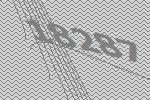
18287